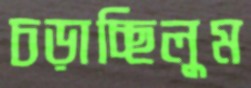
চড়াচ্ছিলুম